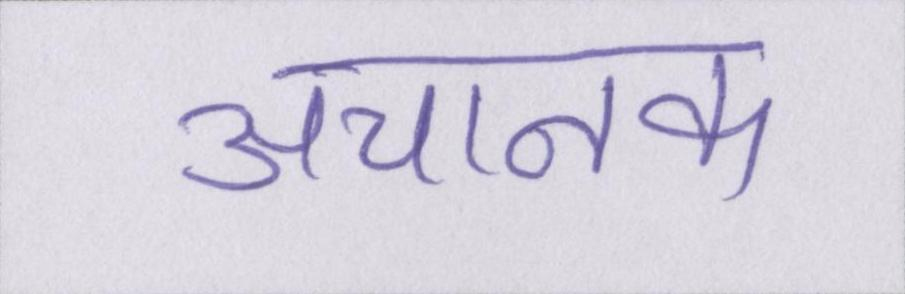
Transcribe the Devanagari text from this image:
अचानक